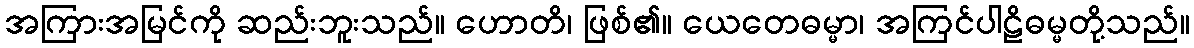
အကြားအမြင်ကို ဆည်းဘူးသည်။ ဟောတိ၊ ဖြစ်၏။ ယေတေဓမ္မာ၊ အကြင်ပါဠိဓမ္မတို့သည်။